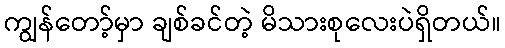
ကျွန်တော့်မှာ ချစ်ခင်တဲ့ မိသားစုလေးပဲရှိတယ်။